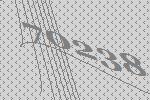
70238